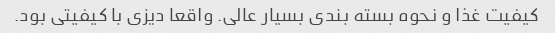
کیفیت غذا و نحوه بسته بندی بسیار عالی. واقعا دیزی با کیفیتی بود.